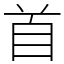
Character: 首